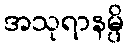
အသုရာနမ္ပိ